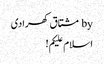
by مشتاق کھرادی
اسلام علیکم!